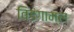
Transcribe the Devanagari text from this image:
विडंगाम्ल